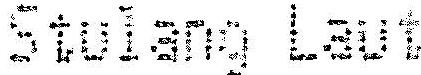
STULANG LAUT